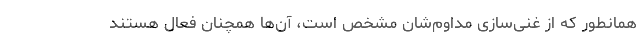
همانطور که از غنی‌سازی مداوم‌شان مشخص است، آن‌ها همچنان فعال هستند